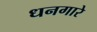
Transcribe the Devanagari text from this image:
धनगारे